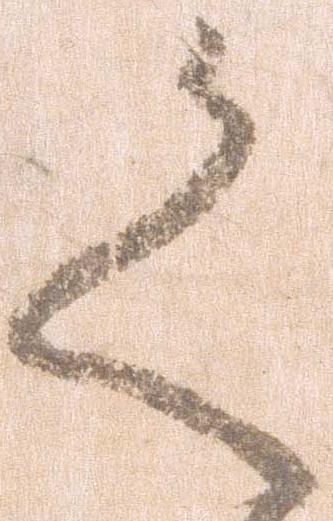
く